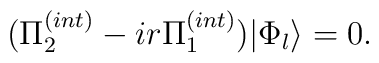
(\Pi^{(int)}_2-ir\Pi^{(int)}_1)|\Phi_l\rangle = 0.